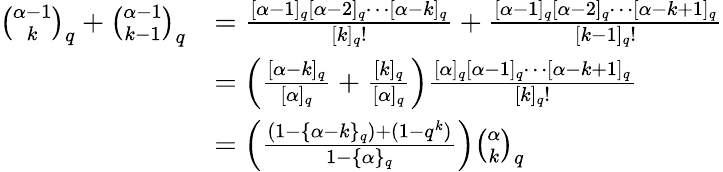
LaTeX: \begin{array}{rl}{\binom{\alpha-1}{k}_{q}+\binom{\alpha-1}{k-1}_{q}}&{=\frac{[\alpha-1]_{q}[\alpha-2]_{q}\cdots[\alpha-k]_{q}}{[k]_{q}!}+\frac{[\alpha-1]_{q}[\alpha-2]_{q}\cdots[\alpha-k+1]_{q}}{[k-1]_{q}!}}\\ &{=\left(\frac{[\alpha-k]_{q}}{[\alpha]_{q}}+\frac{[k]_{q}}{[\alpha]_{q}}\right)\frac{[\alpha]_{q}[\alpha-1]_{q}\cdots[\alpha-k+1]_{q}}{[k]_{q}!}}\\ &{=\left(\frac{(1-\{ \alpha-k\} _{q})+(1-q^{k})}{1-\{ \alpha\} _{q}}\right)\binom{\alpha}{k}_{q}}\end{array}